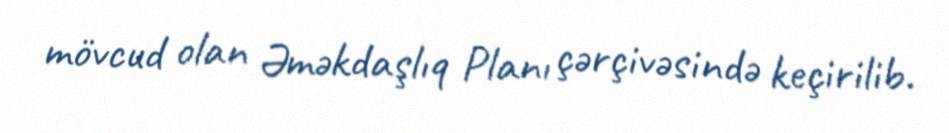
mövcud olan Əməkdaşlıq Planı çərçivəsində keçirilib.